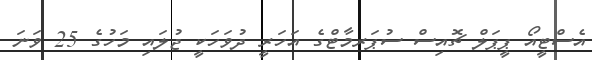
އެސްޓީއޯ ޕީޕަލް ޗޮއިސް ސުޕަރމާޓްގެ އަހަރީ ދުވަހަކީ ޖުލައި މަހުގެ 25 ވަނަ